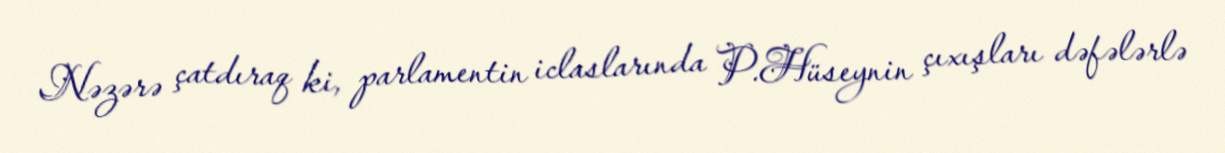
Nəzərə çatdıraq ki, parlamentin iclaslarında P.Hüseynin çıxışları dəfələrlə